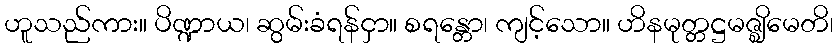
ဟူသည်ကား။ ပိဏ္ဍာယ၊ ဆွမ်းခံရန်ငှာ။ စရန္တော၊ ကျင့်သော။ ဟိနမုတ္တဋ္ဌမဇ္ဈိမေတိ၊